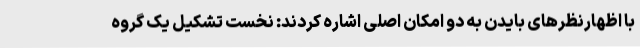
با اظهارنظرهای بایدن به دو امکان اصلی اشاره کردند: نخست تشکیل یک گروه